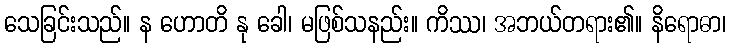
သေခြင်းသည်။ န ဟောတိ နု ခေါ၊ မဖြစ်သနည်း။ ကိဿ၊ အဘယ်တရား၏။ နိရောဓာ၊